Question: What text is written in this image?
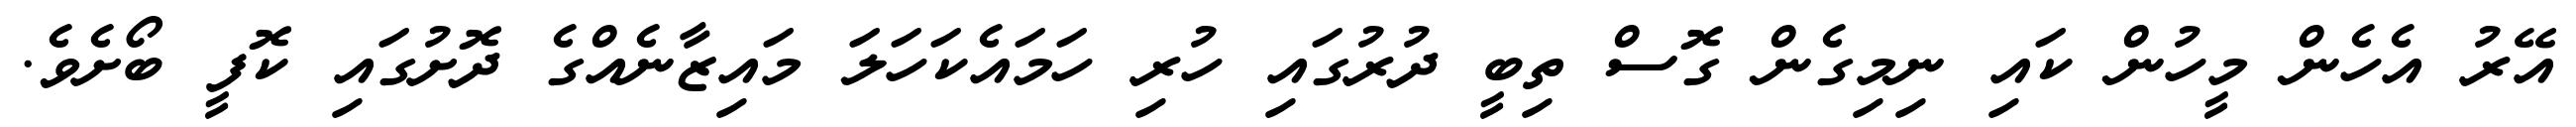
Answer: އޭރު އެހެން މީހުން ކައި ނިމިގެން ގޮސް ތިބީ ދުރުގައި ހުރި ހަމައެކަހަލަ މައިޒާނެއްގެ ދޮށުގައި ކޮފީ ބޯށެވެ.